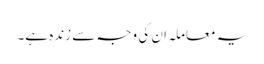
یہ معاملہ ان کی وجہ سے زندہ ہے۔